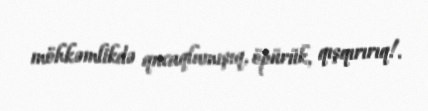
möhkəmlikdə qucaqlamışıq, öpürük, qışqırırıq!.